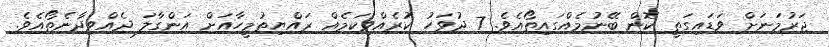
ޖަރުމަނަށް ވަޑައިގަތީ ކޮން ބޭނުމެއްގައިތޯއެވެ. 7 ދުވަހު ކުރެއްވިކަމެއް ރައްޔިތުމީހާއަށް އަންގާލަ ދެއްވިދާނެތޯއެވެ.